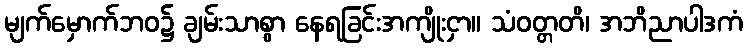
မျက်မှောက်ဘဝ၌ ချမ်းသာစွာ နေရခြင်းအကျိုးငှာ။ သံဝတ္တတိ၊ အဘိညာပါဒကံ